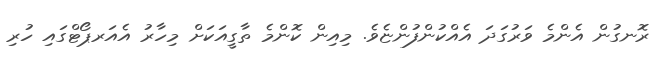
ރޮނގުން އެންމެ ވަރުގަދަ އެއްކުންފުންޏެވެ. މިއިން ކޮންމެ ތާގީއަކަށް މިހާރު އެއަރޕޯޓްގައި ހުރި